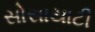
સોસાયાટી